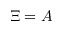
\Xi = A